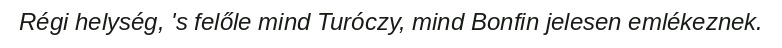
Régi helység, 's felőle mind Turóczy, mind Bonfin jelesen emlékeznek.